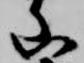
山